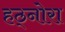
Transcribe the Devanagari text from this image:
हठ्नोरा